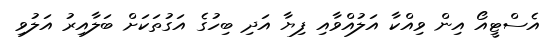
އެސްޓީއޯ އިން ވިއްކާ އަލުއްވާއި ފިޔާ އަދި ބިހުގެ އަގުތަކަށް ބަލާއިރު އަލުވި